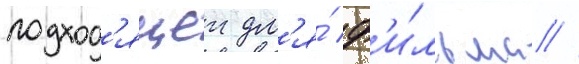
подход'ящеи дл'я́ ф'и́льма //